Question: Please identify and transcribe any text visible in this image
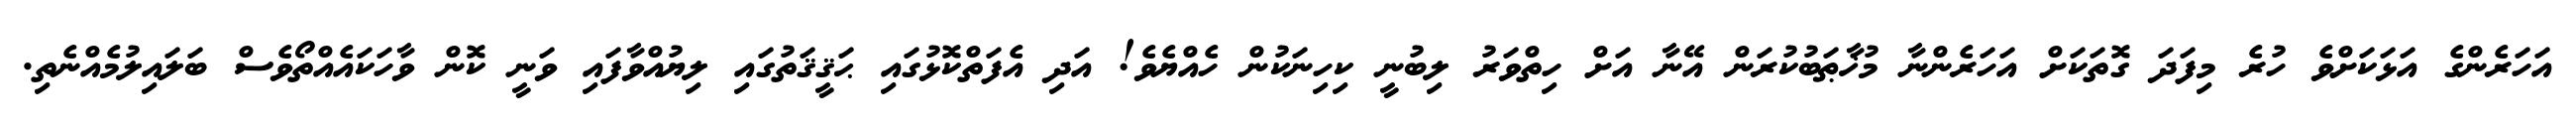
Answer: އަހަރެންގެ އަޅަކަށްވެ ހުރެ މިފަދަ ގޮތަކަށް އަހަރެންނާ މުޚާޠަބުކުރަން އޭނާ އަށް ހިތްވަރު ލިބުނީ ކިހިނަކުން ހެއްޔެވެ! އަދި އެފަތްކޮޅުގައި ޙަޤީޤަތުގައި ލިޔުއްވާފައި ވަނީ ކޮން ވާހަކައެއްތޯވެސް ބަލައިލުމެއްނެތި.